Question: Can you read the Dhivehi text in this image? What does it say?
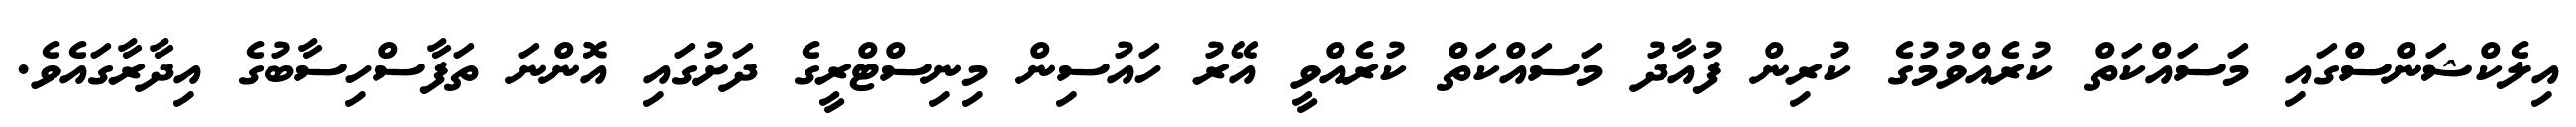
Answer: އިލެކްޝަންސްގައި މަސައްކަތް ކުރެއްވުމުގެ ކުރިން ފުއާދު މަސައްކަތް ކުރެއްވީ އޭރު ހައުސިން މިނިސްޓްރީގެ ދަށުގައި އޮންނަ ތަފާސްހިސާބުގެ އިދާރާގައެވެ.